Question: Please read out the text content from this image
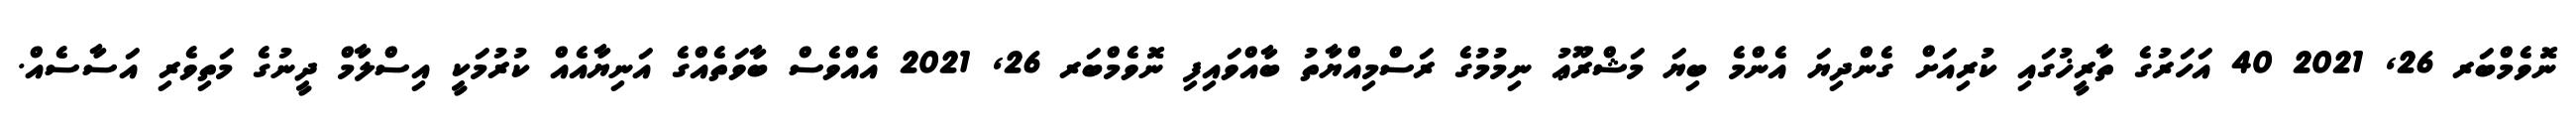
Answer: ނޮވެމްބަރ 26, 2021 40 އަހަރުގެ ތާރީޚުގައި ކުރިއަށް ގެންދިޔަ އެންމެ ބިޔަ މަޝްރޫޢު ނިމުމުގެ ރަސްމިއްޔާތު ބާއްވައިފި ނޮވެމްބަރ 26, 2021 އެއްވެސް ބާވަތެއްގެ އަނިޔާއެއް ކުރުމަކީ އިސްލާމް ދީނުގެ މަތިވެރި އަސާސެއް.